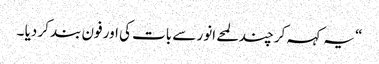
“ یہ کہہ کر چند لمحے انور سے بات کی اور فون بند کر دیا ۔